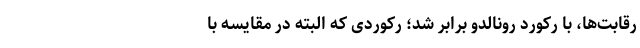
رقابت‌ها، با رکورد رونالدو برابر شد؛ رکوردی که البته در مقایسه با